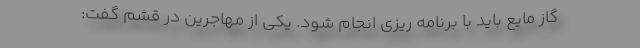
گاز مایع باید با برنامه ریزی انجام شود. یکی از مهاجرین در قشم گفت: